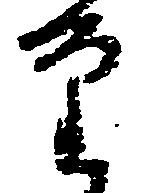
審